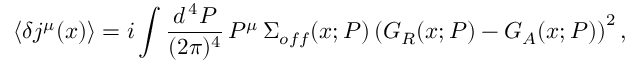
\langle \delta j ^ { \mu } ( x ) \rangle = i \int \frac { d ^ { \, 4 } P } { ( 2 \pi ) ^ { 4 } } \, P ^ { \mu } \, \Sigma _ { o f f } ( x ; P ) \left( G _ { R } ( x ; P ) - G _ { A } ( x ; P ) \right) ^ { 2 } ,